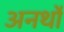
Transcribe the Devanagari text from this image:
अनर्थो